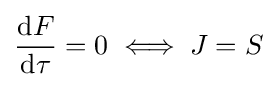
{\frac {\mathrm {d} F}{\mathrm {d} \tau }}=0\iff J=S